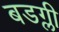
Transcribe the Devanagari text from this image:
बडग्ली